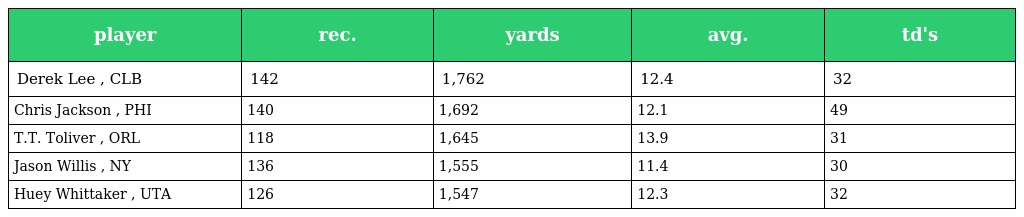
| player | rec. | yards | avg. | td's |
 | --- | --- | --- | --- | --- |
 | Derek Lee , CLB | 142 | 1,762 | 12.4 | 32 |
 | Chris Jackson , PHI | 140 | 1,692 | 12.1 | 49 |
 | T.T. Toliver , ORL | 118 | 1,645 | 13.9 | 31 |
 | Jason Willis , NY | 136 | 1,555 | 11.4 | 30 |
 | Huey Whittaker , UTA | 126 | 1,547 | 12.3 | 32 |